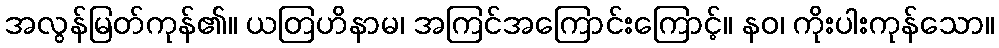
အလွန်မြတ်ကုန်၏။ ယတြဟိနာမ၊ အကြင်အကြောင်းကြောင့်။ နဝ၊ ကိုးပါးကုန်သော။